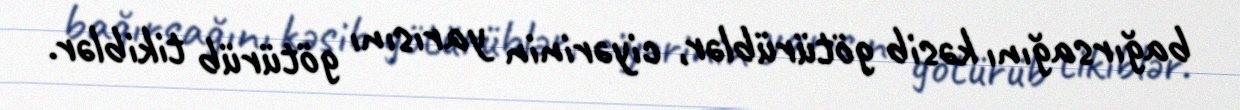
bağırsağını kəsib götürüblər, ciyərinin yarısını götürüb tikiblər.